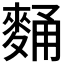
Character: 𪌻